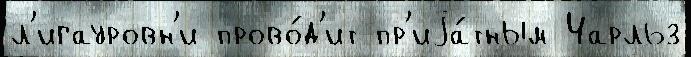
л'игауровн'и прово́д'ит пр'иjа́тным Чарльз